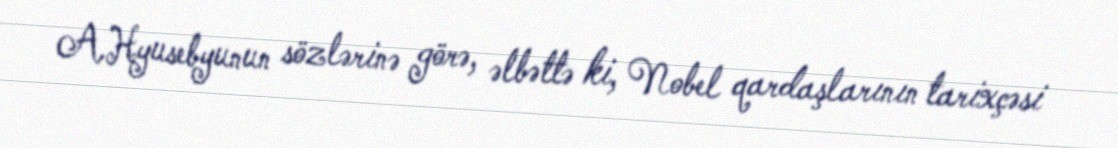
A.Hyusebyunun sözlərinə görə, əlbəttə ki, Nobel qardaşlarının tarixçəsi